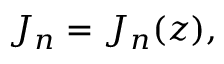
J _ { n } = J _ { n } ( z ) ,